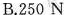
B.250 N